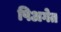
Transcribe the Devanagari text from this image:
पिअगेत